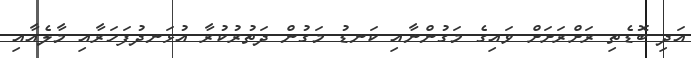
އަދި ބޮޑެތި ރަށްރަށަށް ވައިގެ މަގުންނާއި ކަނޑު މަގުން ދަތުރުކުރާ އުޅަނދުފަހަރާއި މާލެއާއި